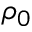
\rho _ { 0 }